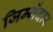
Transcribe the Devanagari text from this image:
जिम्मेंदार